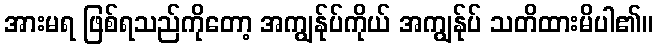
အားမရ ဖြစ်ရသည်ကိုတော့ အကျွန်ုပ်ကိုယ် အကျွန်ုပ် သတိထားမိပါ၏။